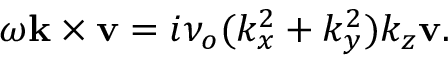
\omega \mathbf { k } \times \mathbf { v } = i \nu _ { o } ( k _ { x } ^ { 2 } + k _ { y } ^ { 2 } ) k _ { z } \mathbf { v } .